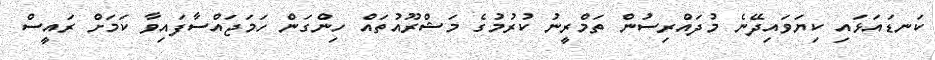
ކަނޑައަޅައި ކިޔަވައިދޭނެ މުދައްރިސުން ތަމްރީނު ކުރުމުގެ މަޝްރޫއުތައް ހިންގަން ހަމަޖައްސާފައިވާ ކަމަށް ރައީސް